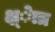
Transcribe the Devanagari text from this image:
क्ष्ेात्र